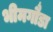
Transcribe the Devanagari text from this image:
भीमगौडा